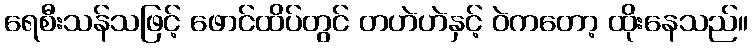
ရေစီးသန်သဖြင့် ဖောင်ထိပ်တွင် တဟဲဟဲနှင့် ဝဲကတော့ ထိုးနေသည်။